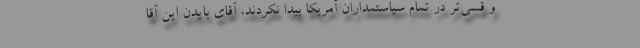
و قسی‌تر در تمام سیاستمداران آمریکا پیدا نکردند، آقای بایدن این آقا